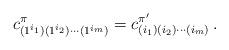
LaTeX: \begin{align*} c^\pi_{(1^{i_1})(1^{i_2})\cdots(1^{i_m})} = c^{\pi'}_{(i_1)(i_2)\cdots(i_m)}\,.\end{align*}